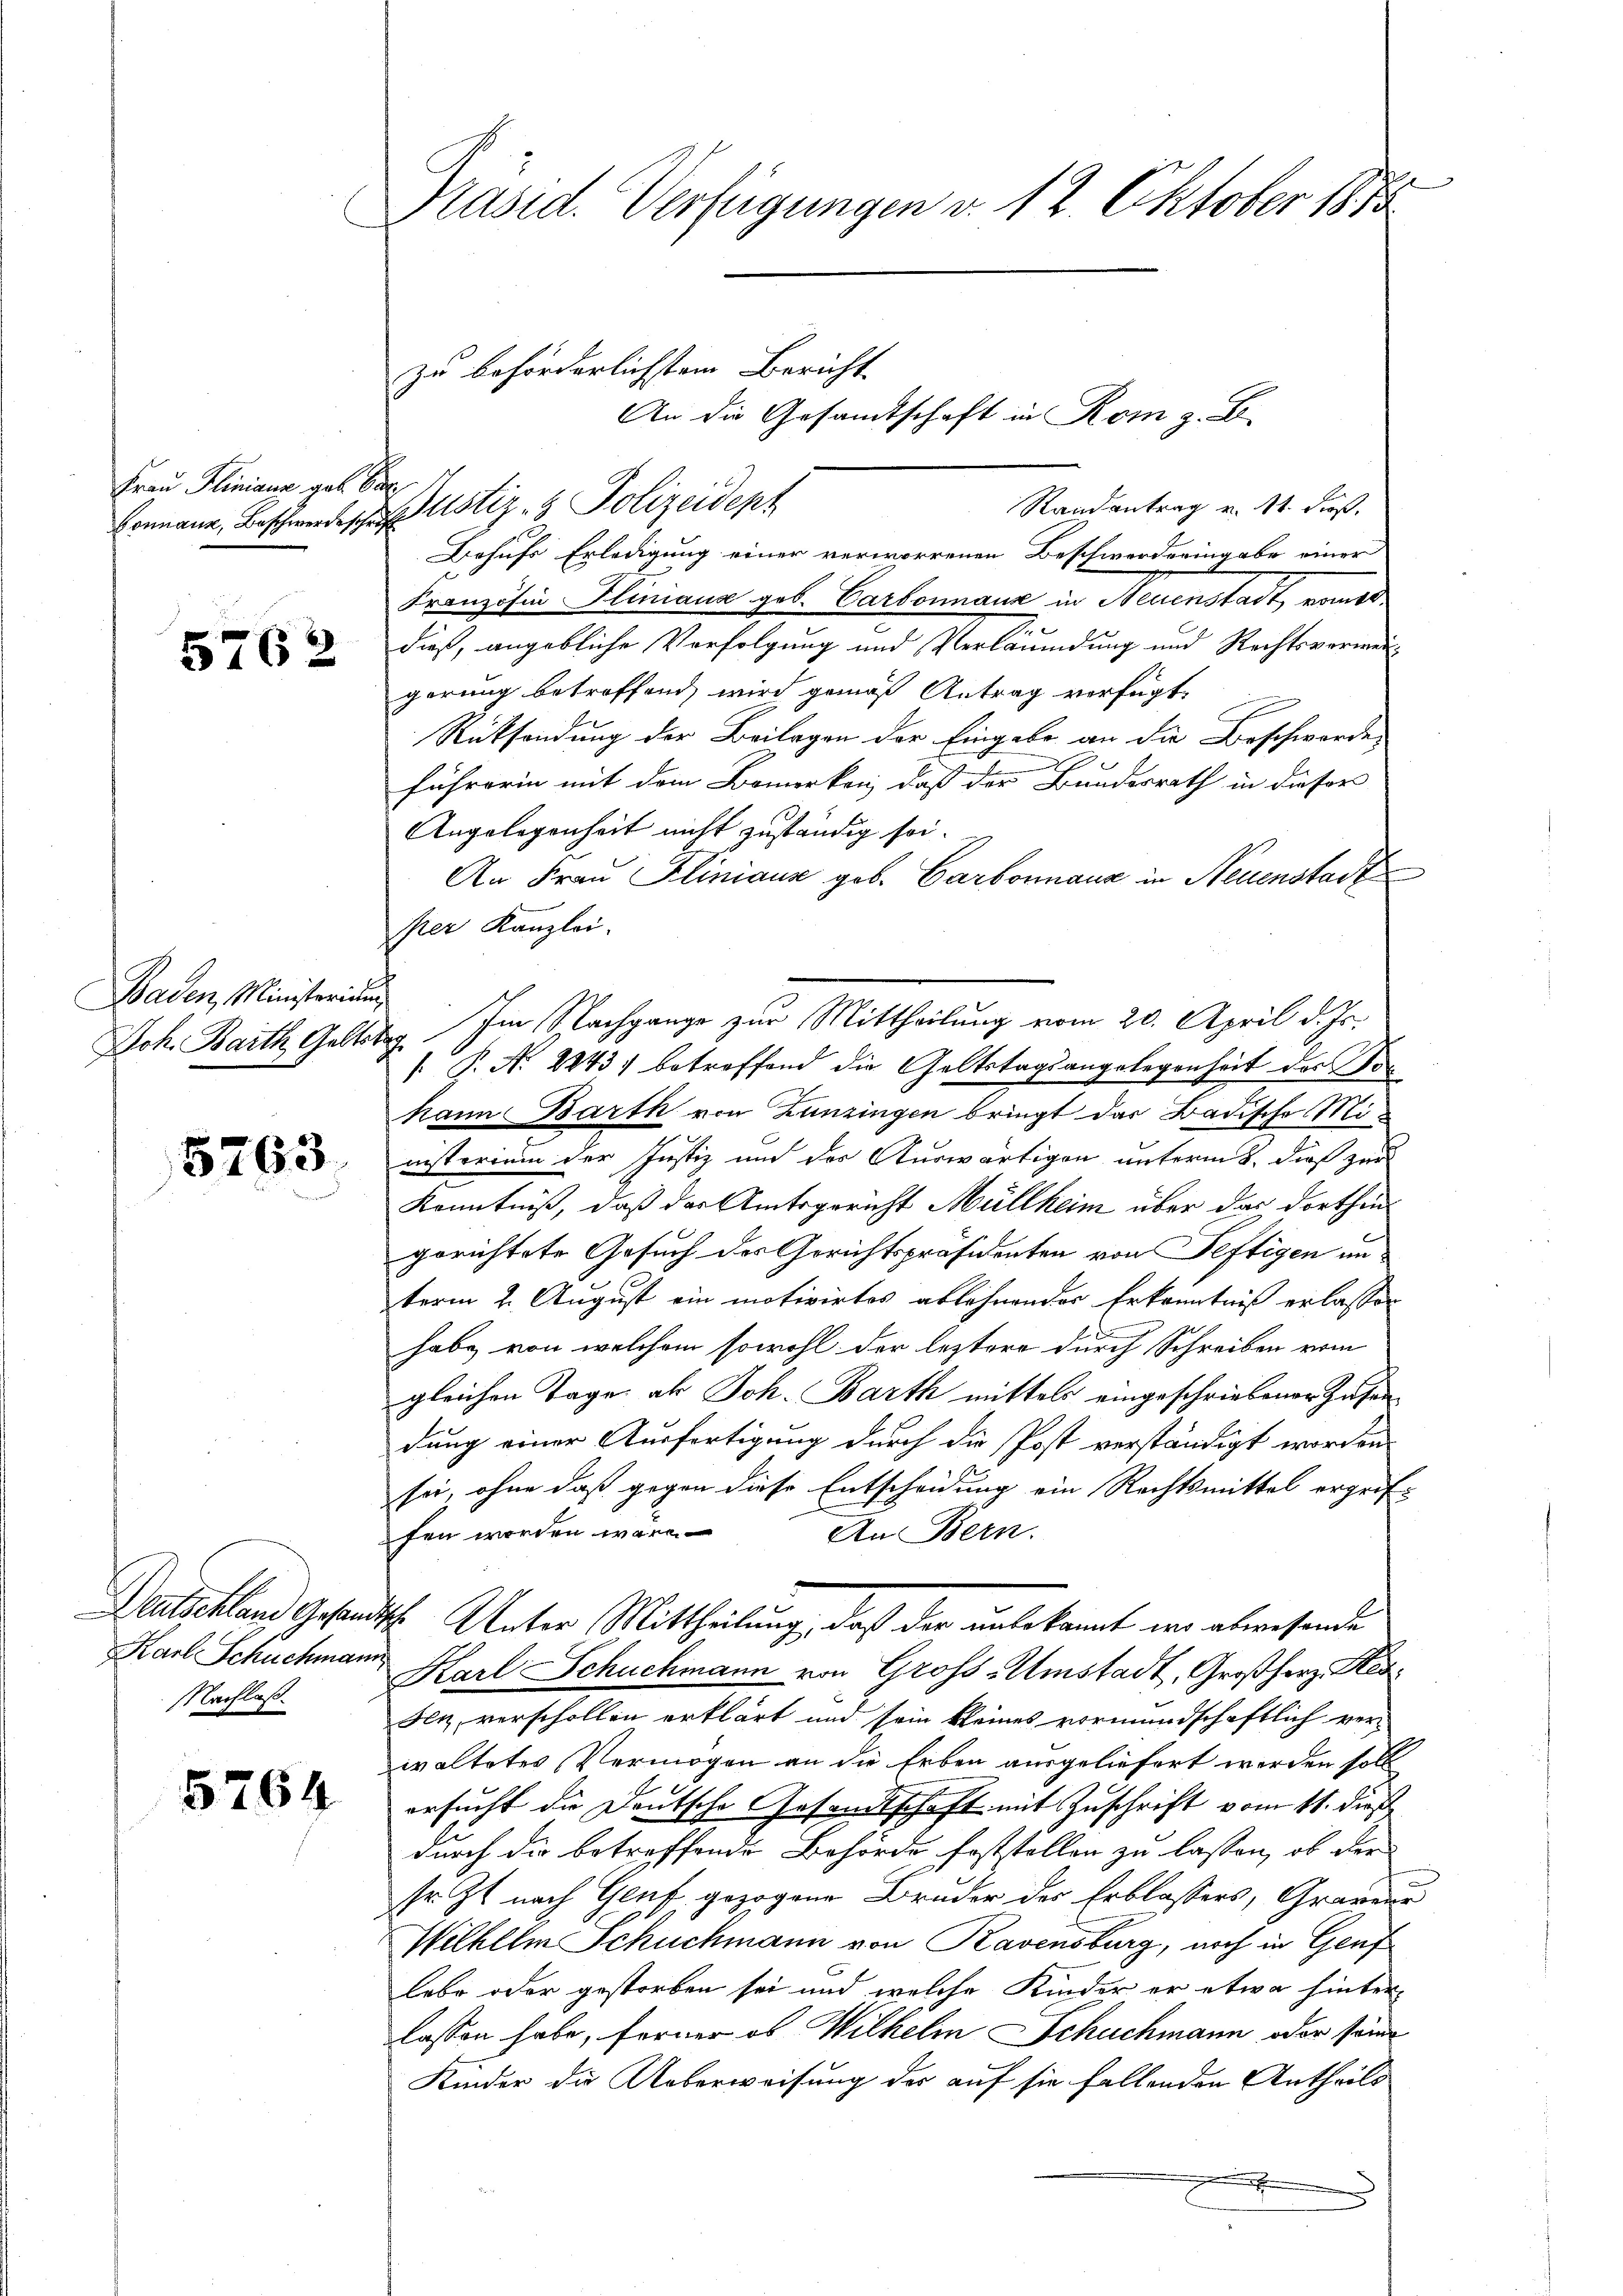
Frau Pliniana geb. Be

5762

5763.

Karl Schuchmann
Nachlass.

5764

Baden, Ministerium
Joh. Barth Geltstag

Präsid. Verfügungen v. 12. Oktober 1875

zu beförderlichstem Bericht
Conmann, Beschwertes ustiz- & Polizeidept

Behufs Erledigung einer verworrenen Beschworderingabe einer
Französin Fliniana geb. Carbonnanz in Neuenstadt, womit
z
dieß, angebliche Vorfolgung und Verläumdung und Rechtsverweigerung betroffend wird gemäß Antrag verfügt,
Rücksendung der Beilagen der Eingabe an die Beschwerde,
n
führerin mit dem Bemerken, daß der Bundesrath in dieser
Angelegenheit nicht zuständig sei.
An Frau Kliniaus geb. Carbonnanz in Neuenstadt
per Kanzlei.
 P. No. 1843 betreffend die Geltstagsangelegenheit der Sohann Barth von Zunzingen bringt das Badische Ministerium der Justiz und der Auswärtigen unterm 8. dieß zur
Kenntniß, daß der Amtsgericht Müllheim über das dorthin
gerichtete Gesuch des Gerichtspräsidenten von Seftigen un
term 2. August ein motivirtes ablehnender Erkenntniß erlassen
habe von welchem sowohl der leztere durch Schreiben vom
gleichen Tage als Joh. Barth mittels eingeschriebener Zusen
dung einer Ausfertigung durch die Post verständigt worden
sei, ohne daß gegen diese Entscheidung ein Rechtsmittel ergriffen worden wäre.
An Bern.
Deutschland Gesandtsch. Unter Mittheilung, daß der unbekannt wo abwesende
Karl Schuchmann von Gross-Amstadt, Großherz Steu¬
Fen, verschollen erklärt und sein kleines vormundschaftlich verwaltetes Vermögen an die Erben ausgeliefert werden soll
ersucht die Deutsche Gesandtschaft mit Zuschrift vom 11. dies
durch die betreffende Behörde feststellen zu lassen, ob der
sr. Zt. nach Genf gezogene Bruder des Erblassers, Graveur
Wilhelm Schuchmann von Ravensburg, noch in Genf
lebe oder gestorben sei und welche Kinder er etwa hinter-
lassen habe, ferner ob Wilhelm Schuchmann oder seine
Kinder die Ueberweisung der auf sie fallenden Antheils

An die Gesandtschaft in Rom z. B.

Randantrag v. St. Fieß.

Im Nachgange zur Mittheilung vom 20. April d. Js.